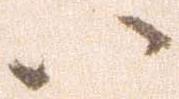
ハ